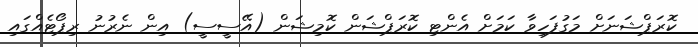
ކޮރަޕްޝަނަށް މަގުފަހިވާ ކަމަށް އެންޓި ކޮރަޕްޝަން ކޮމިޝަން (އޭސީސީ) އިން ނެރުނު ރިޕޯޓެއްގައި